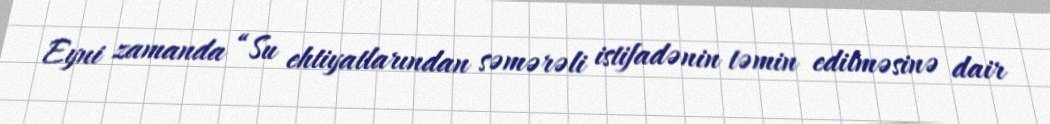
Eyni zamanda “Su ehtiyatlarından səmərəli istifadənin təmin edilməsinə dair